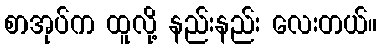
စာအုပ်က ထူလို့ နည်းနည်း လေးတယ်။